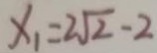
x _ { 1 } = 2 \sqrt { 2 } - 2